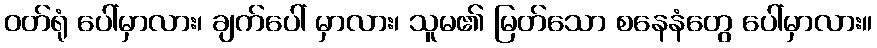
ဝတ်ရုံ ပေါ်မှာလား၊ ချက်ပေါ် မှာလား၊ သူမ၏ မြတ်သော စနေနံတွေ ပေါ်မှာလား။